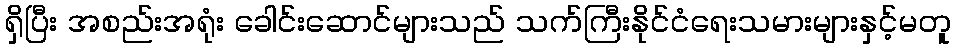
ရှိပြီး အစည်းအရုံး ခေါင်းဆောင်များသည် သက်ကြီးနိုင်ငံရေးသမားများနှင့်မတူ